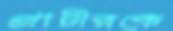
প্রাচীরকে